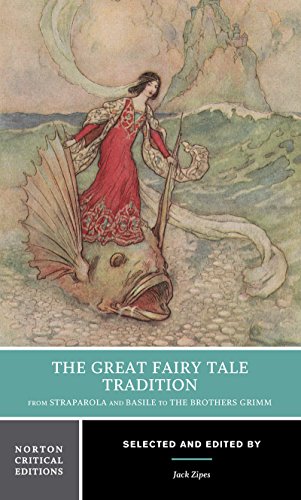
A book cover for The Great Fairy Tale Tradition: From Straparola and Basile to the Brothers Grimm (Norton Critical Editions); Literature & Fiction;